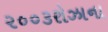
૨૦૦૩રોઝાના